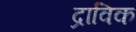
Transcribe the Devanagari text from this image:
द्राविक